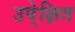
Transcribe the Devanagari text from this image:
उपे्क्षित